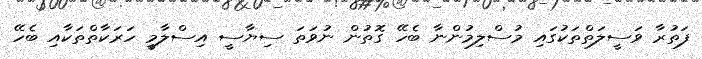
ފަތުރާ ވަސީލަތްތަކުގައި މުސްލިމުންނާ ބެހޭ ގޮތުން ނުވަތަ ސިޔާސީ އިސްލާމީ ހަރަކާތްތަކާއި ބެހޭ